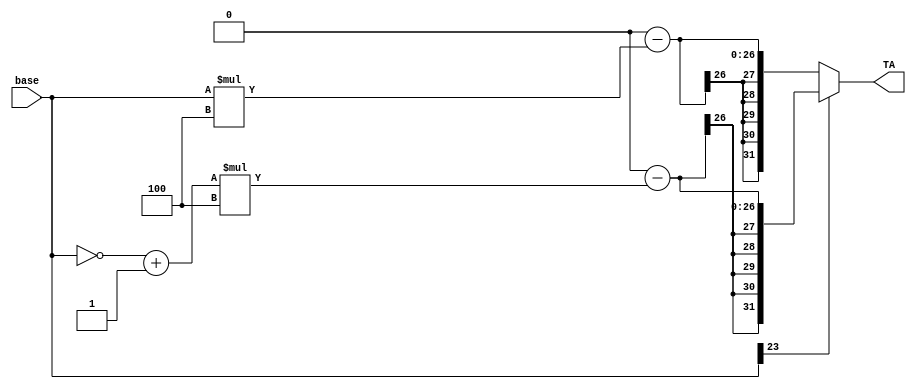
module sign_extender (output reg[31:0] TA, input[23:0] base);
	reg [25:0] ext;
	reg [31:0] temp;
	always @ (base)
		begin
			if(base[23]==1'b1)
				begin
					{ext}=~base+24'h000001;
					ext=ext*3'b100;
					{temp}=ext;
					TA=0-temp;
				end
			else
				begin
					{ext}=base;
					ext=ext*3'b100;
					{TA}=0-ext;
				end
		end
endmodule